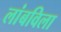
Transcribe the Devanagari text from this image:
लांबविला